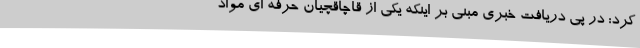
کرد: در پی دریافت خبری مبنی بر اینکه یکی از قاچاقچیان حرفه ای مواد